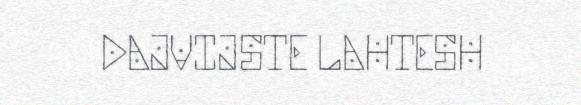
DAJVIJSTE LAHTESH